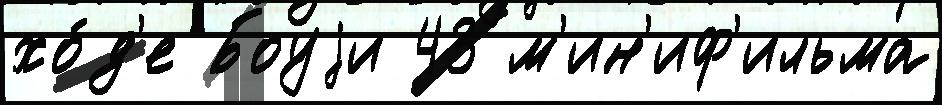
хо́д'е Боуjи 43 м'ин'иф'ильма